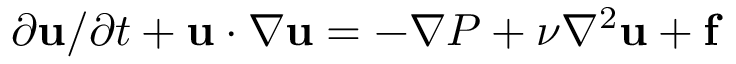
\begin{array} { r } { \partial { \mathbf { u } } / \partial t + { \mathbf { u } } \cdot \nabla { \mathbf { u } } = - \nabla P + \nu \nabla ^ { 2 } { \mathbf { u } } + \mathbf { f } \ } \end{array}